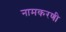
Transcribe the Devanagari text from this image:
नामकरणी